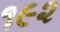
૧૯૨